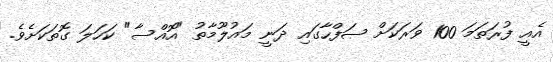
އެއީ ފުރަތަމަ 100 ވަރަކަށް ޞަފްހާގައި ދަނީ މައުލޫމާތު "އޮއްސާ" ކަހަލަ ގޮތަކަށެވެ.